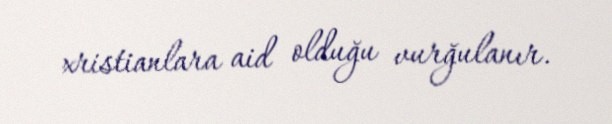
xristianlara aid olduğu vurğulanır.